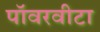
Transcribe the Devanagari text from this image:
पॉवरवीटा